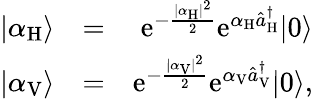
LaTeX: \begin{array}{rlr}{|\alpha_{\mathrm{H}}\rangle}&{=}&{\mathrm{e}^{-\frac{|\alpha_{\mathrm{H}}|^{2}}{2}}\mathrm{e}^{\alpha_{\mathrm{H}}\hat{a}_{\mathrm{H}}^{\dagger}}|0\rangle}\\ {|\alpha_{\mathrm{V}}\rangle}&{=}&{\mathrm{e}^{-\frac{|\alpha_{\mathrm{V}}|^{2}}{2}}\mathrm{e}^{\alpha_{\mathrm{V}}\hat{a}_{\mathrm{V}}^{\dagger}}|0\rangle,}\end{array}